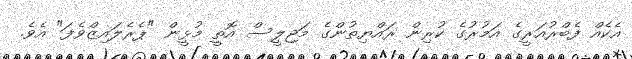
އެކެއް ފެބްރުއަރީގެ އަމުރުގެ ކުރިން ރައްޔިތުންގެ މަޖިލީސް އޮތީ މުޅީން "ޕެރެލައިޒްވެފަ" އެވެ.